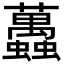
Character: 䘍